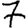
Digit: 7